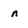
Character: n